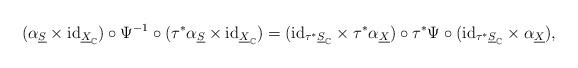
LaTeX: \begin{align*}(\alpha_{\underline{S}}\times\mathrm{id}_{\underline{X}_{\mathbb{C}}})\circ\Psi^{-1}\circ(\tau^{*}\alpha_{\underline{S}}\times\mathrm{id}_{\underline{X}_{\mathbb{C}}})=(\mathrm{id}_{\tau^{*}\underline{S}_{\mathbb{C}}}\times\tau^{*}\alpha_{\underline{X}})\circ\tau^{*}\Psi\circ(\mathrm{id}_{\tau^{*}\underline{S}_{\mathbb{C}}}\times\alpha_{\underline{X}}),\end{align*}